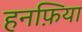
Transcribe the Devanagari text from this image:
हनफ़िया